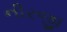
નીરજી